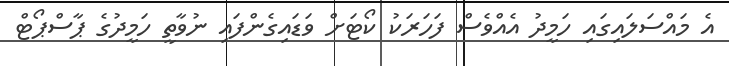
އެ މައްސަލައިގައި ހަމީދު އެއްވެސް ފަހަރަކު ކޯޓަށް ވަޑައިގެންފައި ނުވާތީ ހަމީދުގެ ޕާސްޕޯޓް